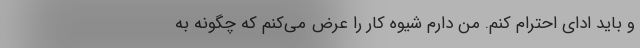
و باید ادای احترام کنم. من دارم شیوه کار را عرض می‌کنم که چگونه به